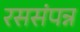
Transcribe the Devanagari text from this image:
रससंपन्न